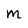
Character: M